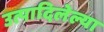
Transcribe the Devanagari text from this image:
उत्पादिलेल्या